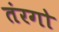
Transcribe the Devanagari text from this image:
तंरगो